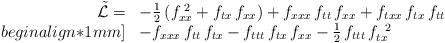
LaTeX: \begin{align*}\begin{array}{rl}\tilde{{\cal L}} = & - \frac{1}{2} \left( f_{xx}^{\;2} + f_{tx} \, f_{xx} \right) + f_{xxx} \, f_{tt} \, f_{xx} + f_{txx} \, f_{tx} \, f_{tt} \\begin{align*}1mm] & - f_{xxx} \, f_{tt} \, f_{tx} - f_{ttt} \, f_{tx} \, f_{xx} - \frac{1}{2} \, f_{ttt} \, f_{tx}^{\;\;2}\end{array}\end{align*}